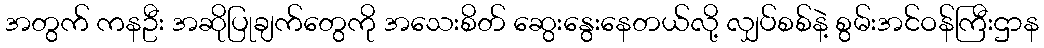
အတွက် ကနဦး အဆိုပြုချက်တွေကို အသေးစိတ် ဆွေးနွေးနေတယ်လို့ လျှပ်စစ်နဲ့ စွမ်းအင်ဝန်ကြီးဌာန